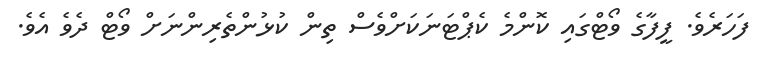
ފަހަރެވެ. ފީފާގެ ވޯޓްގައި ކޮންމެ ކެޕްޓަނަކަށްވެސް ތިން ކުޅުންތެރިންނަށް ވޯޓް ދެވެ އެވެ.